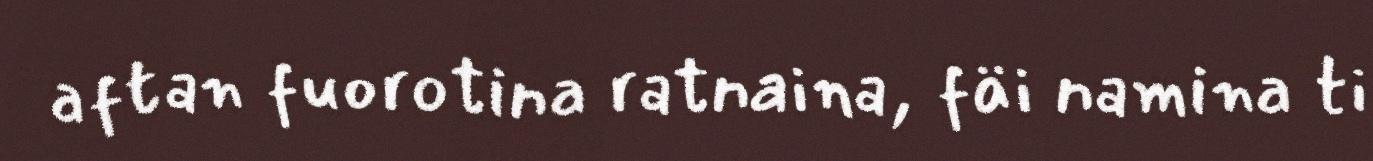
aftan fuorotina ratnaina, fäi namina ti